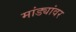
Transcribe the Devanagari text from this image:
मांड्यांवर